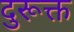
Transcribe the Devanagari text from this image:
दुरूक्त